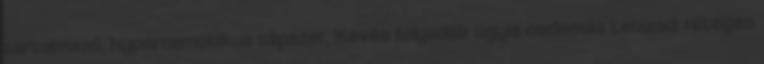
tartalmazó, hyperozmotikus tápszer, Kevés folyadék úgyis oedemás Leizzad: réteges